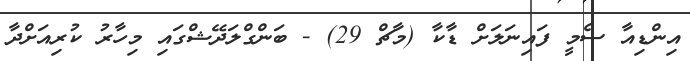
އިންޑިއާ ސެމީ ފައިނަލަށް ޑާކާ (މާޗް 29) - ބަންގްލަދޭޝްގައި މިހާރު ކުރިއަށްދާ